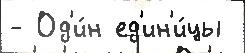
- Од'и́н ед'ин'и́цы